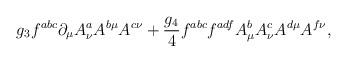
LaTeX: \begin{align*}g_3 f^{abc}\partial_{\mu} A^a_{\nu} A^{b\mu}A^{c\nu} + {g_4 \over 4} f^{abc}f^{adf}A^b_{\mu}A^c_{\nu}A^{d\mu}A^{f\nu},\end{align*}